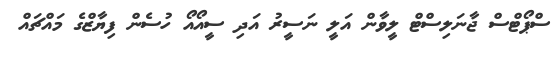
ސްޕޯޓްސް ޖާނަލިސްޓް ލީވާން އަލީ ނަސީރު އަދި ސީއޯއޯ ހުސެން ފިޔާޒްގެ މައްޗައް